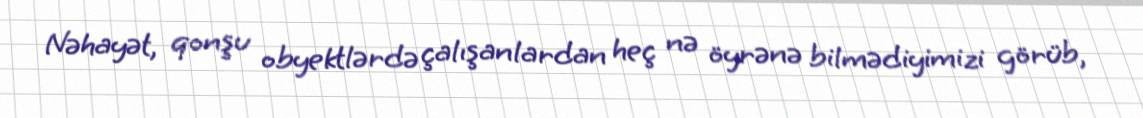
Nəhayət, qonşu obyektlərdə çalışanlardan heç nə öyrənə bilmədiyimizi görüb,